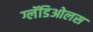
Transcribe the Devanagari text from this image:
ग्लॅडिओलस